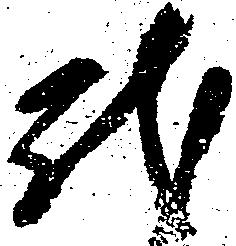
我